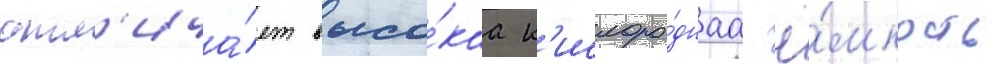
отл'ича́ет высо́каа к'ислоро́днаа ё́мкость